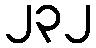
၂၃၂